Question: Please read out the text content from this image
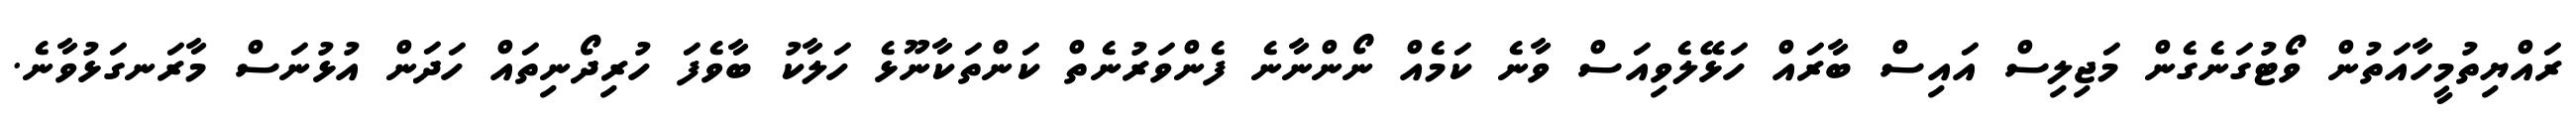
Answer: ރައްޔިތުމީހާއަތުން ވޯޓުގަނެގެން މަޖިލިސް އައިސް ބާރައް ހަޅޭލެވިއަސް ވާނެ ކަމެއް ނޯންނާނެ ފެންވަރުނެތް ކަންތަކާނޫޅެ ހަލާކު ބާވެފަ ހުރިދޯނިތައް ހަދަން އުޅުނަސް މާރަނގަޅުވާނެ.